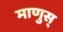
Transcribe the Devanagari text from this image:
माणुस्